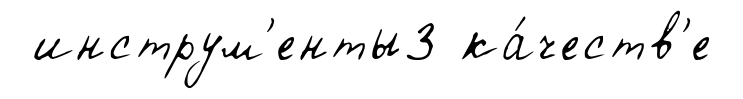
инструм'енты3 ка́честв'е